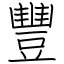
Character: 豐